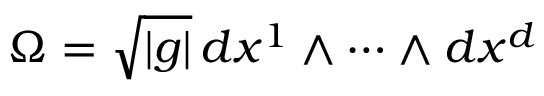
\Omega = \sqrt { | g | } \, d x ^ { 1 } \wedge \cdots \wedge d x ^ { d }